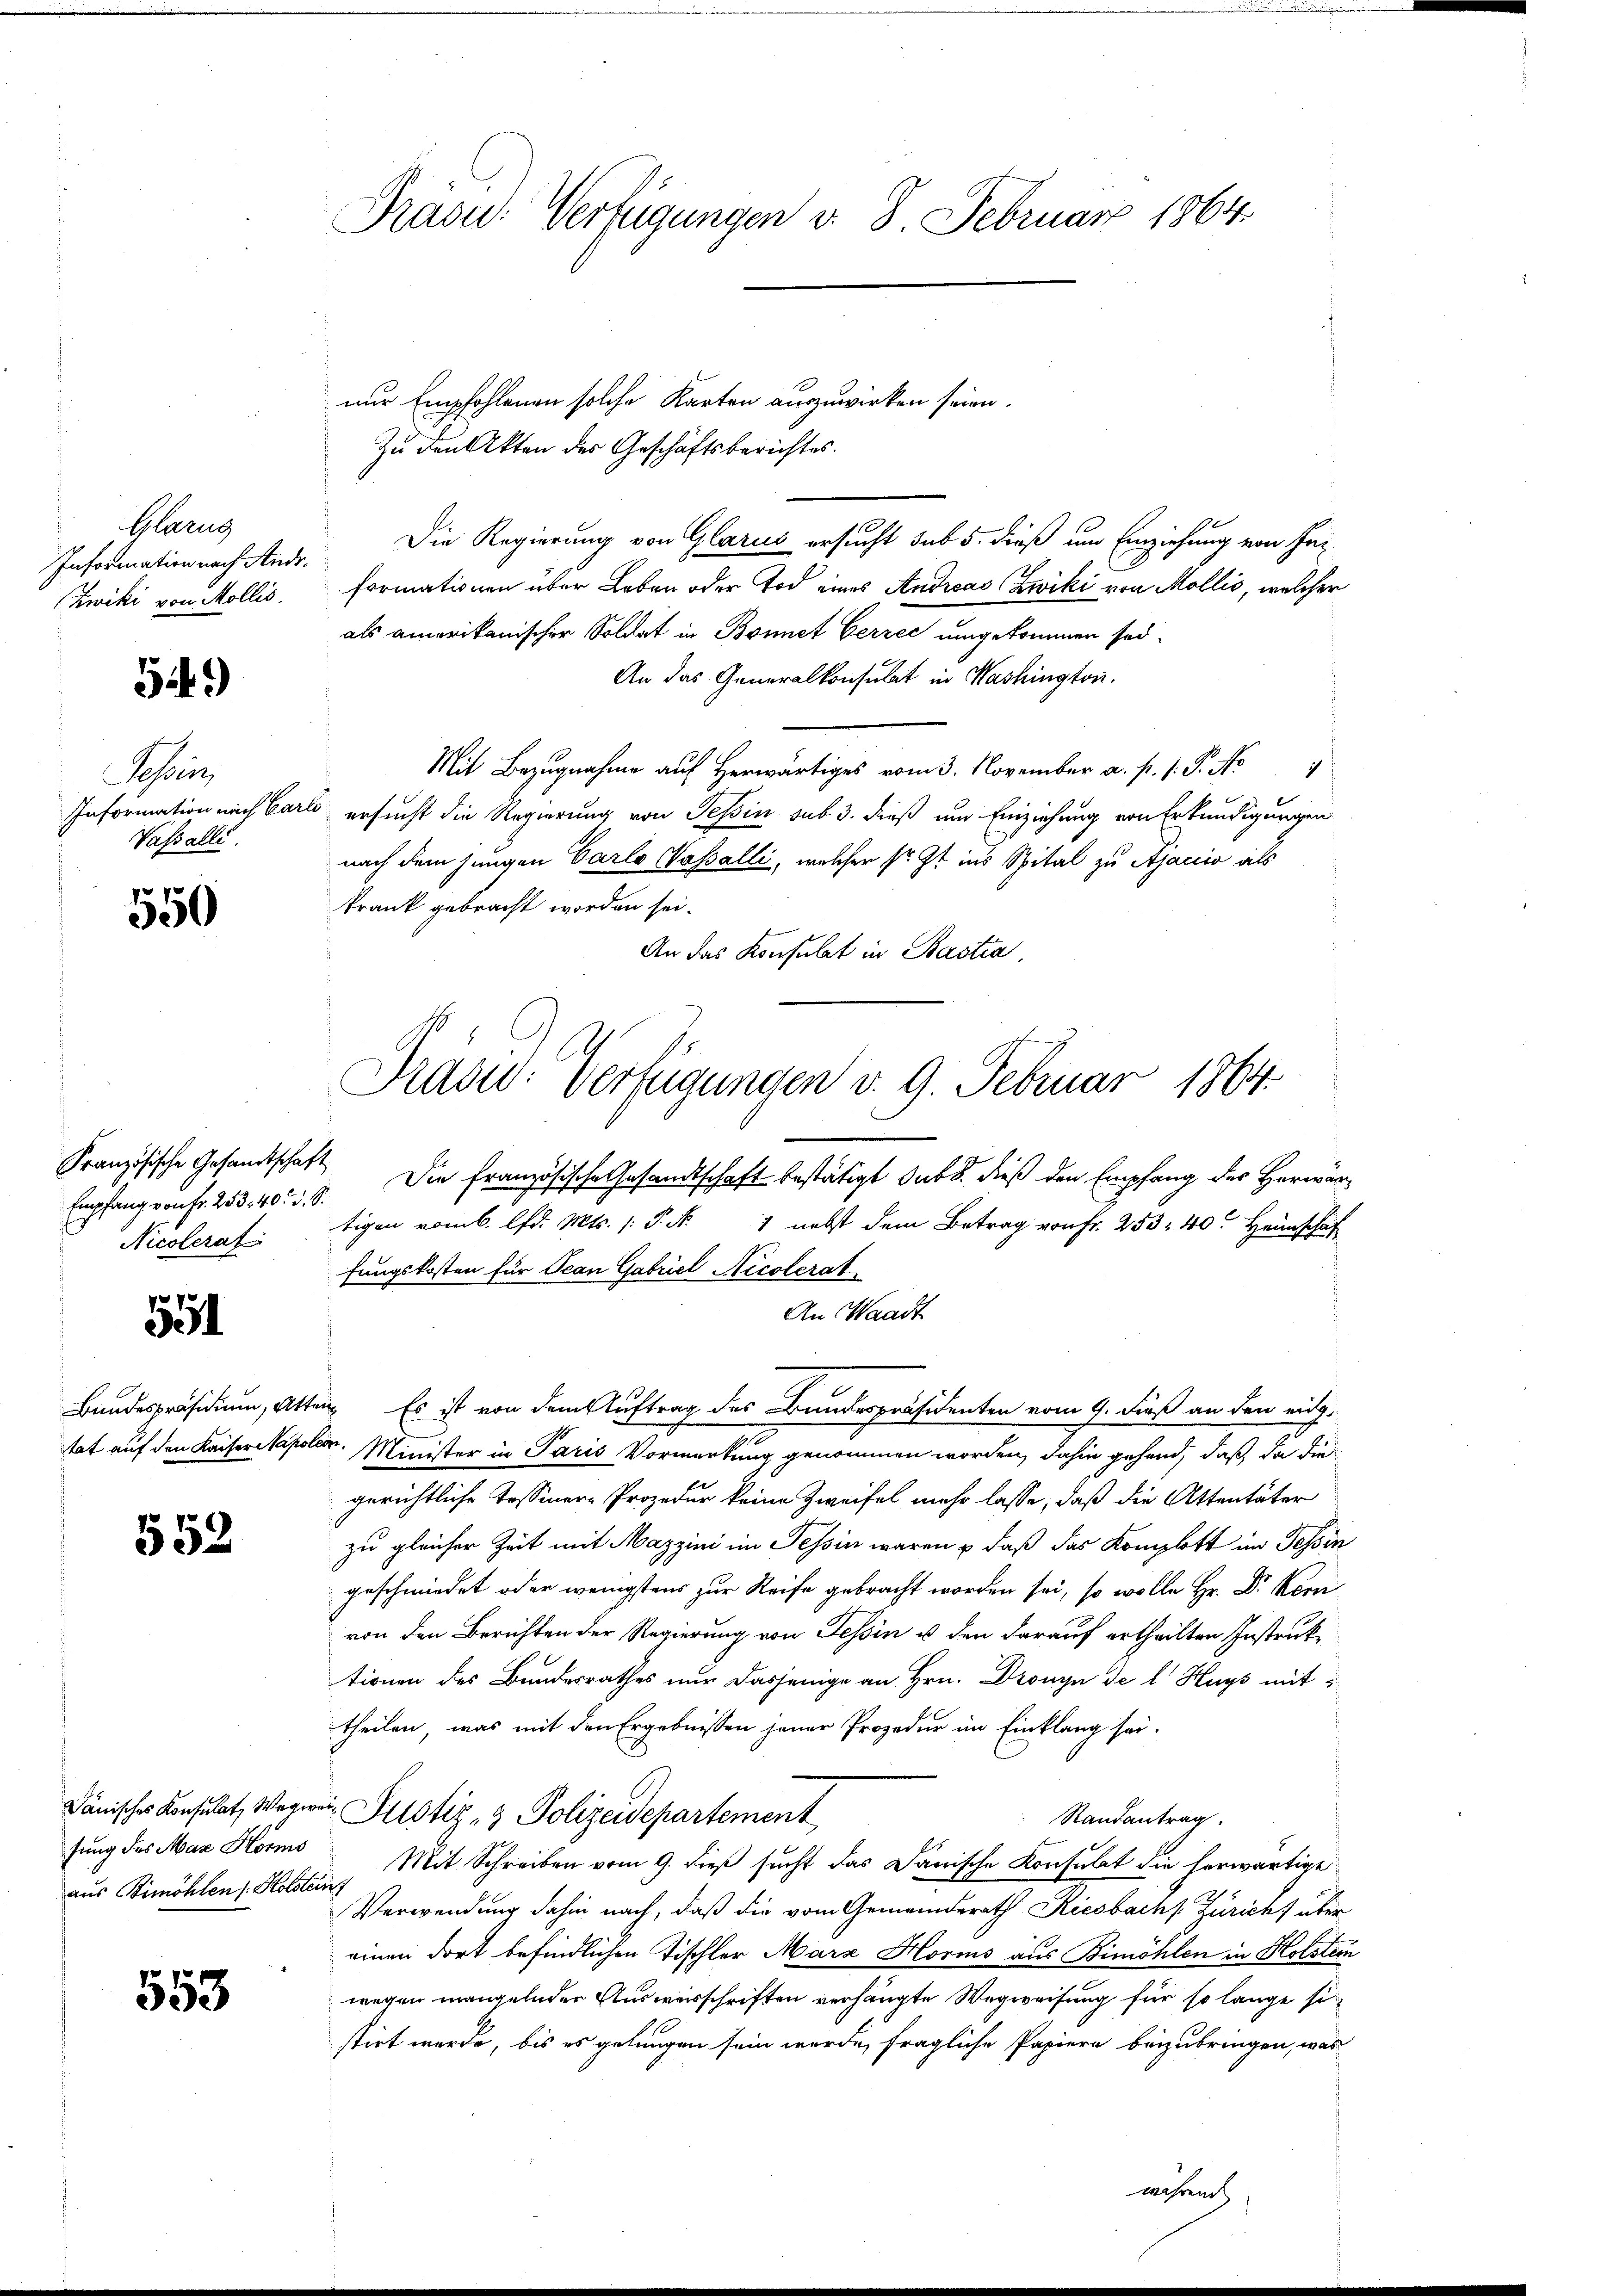
Präsu- Verfügungen v. 8. Februar 1864.

nur Empfohlenen solche Karten auszuwirken seien.
Zu den Akten des Geschäftsberichtes.
Die Regierung von Glarus ersucht sub 5. dieß um Einziehung von Heiformationen über Leben oder Tod eines Andreas Zwiki von Mollis, welcher
als amerikanischer Soldat in Bonnet Gerzec umgekommen sei¬
An das Generalkonsulat in Washington.
   Herr v. 3. November a. p. 1. P. Nr
l
ersucht die Regierung von Tessin sub 3. dieß um Einziehung von Erkundigungen
nach dem jungen Carlo Vossalli, welcher sr. Zt. ins Spital zu Ajaccio als
krank gebracht worden sei.
An das Konsulat in Bastia
Französische Gesandtschaft Die Französische Gesandtschaft bestätigt sub 8. dieß den Empfang des Herwärtigen romb. lfd. Mts. /: P. N
7 nebst dem Betrag von Fr. 253 40. Heimschaf
fungskosten für Jean Gabriel Nicolerat
An Waadt
Bundespräsidium, Atten. Es ist von dem Auftrag des Bundespräsidenten vom 9. Fuß an den eidg.
7
tat auf den Kaiserstapolen. Minister in Paris Vormerkung genommen worden, dahin gehend, daß, da die
gerichtliche Tessiner-Prozedur keine Zweifel mehr lasse, daß die Attentäter
zu gleicher Zeit mit Mazzini im Tessin waren & daß das Komplott im Tessin
geschmiedet oder wenigstens zur Reife gebracht worden sei, so wolle Hr. Dr Kervon den Berichten der Regierung von Tessin u. den darauf ertheilten Instruktionen des Bundesrathes nur dasjenige an Hrn. Dronyn de l Huys mit
theilen, was mit den Ergebnissen jener Prozedur im Einklang sei.
Dänisches Konsulat Wegwei Potiz & Polizeidepartement
Randantrag.
Mit Schreiben vom 9. dieß sucht das Danische Konsulat die herwärtige
Verwendung dahin nach, daß die vom Gemeindsrath Riesbachs Züricht über
einen dort befindlichen Tischler Marz Horis aus Bimöhlen in Holstein
wegen mangelnden Ausverschriften verhängte Wegweisung für so lange sistirt werde, bis es gelungen sein werde, fragliche Papiere beizubringen, was

Glaeng
Information nach Andr.
Zwiki von Mollis.

54.)

Schreiz
Information nach Ca
Vasalle.

550

Präsid. Verfügungen v. 9. Februar 1864.

Empfang von Fr. 253. 40. d. S.
Nicolerat

551

552

fung des Max Horms
aus Bimöhlen (Holstein

553

während